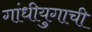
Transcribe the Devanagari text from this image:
गांधीयुगाची